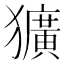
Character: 獷